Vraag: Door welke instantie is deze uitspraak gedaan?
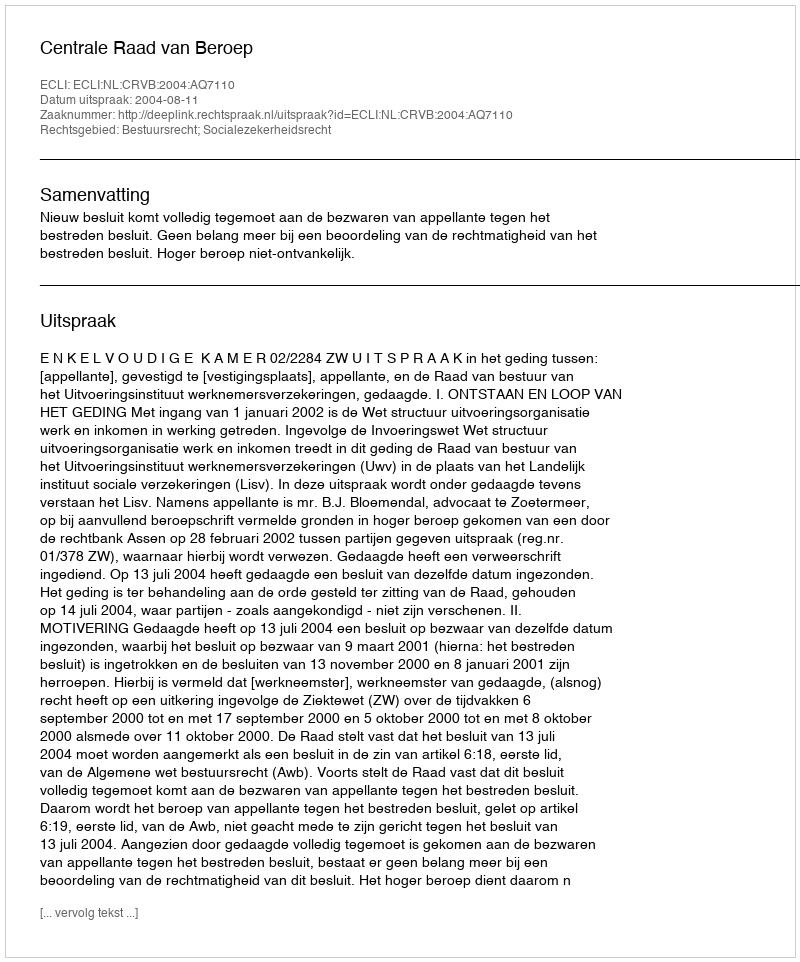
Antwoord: Centrale Raad van Beroep